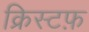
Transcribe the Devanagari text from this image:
क्रिस्टफ़